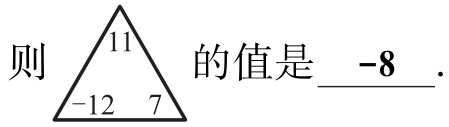
则 $\begin{matrix}

11\\

 -12 & 7

\end{matrix}$ 的值是 $\underline{-8}$ .